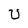
Character: U